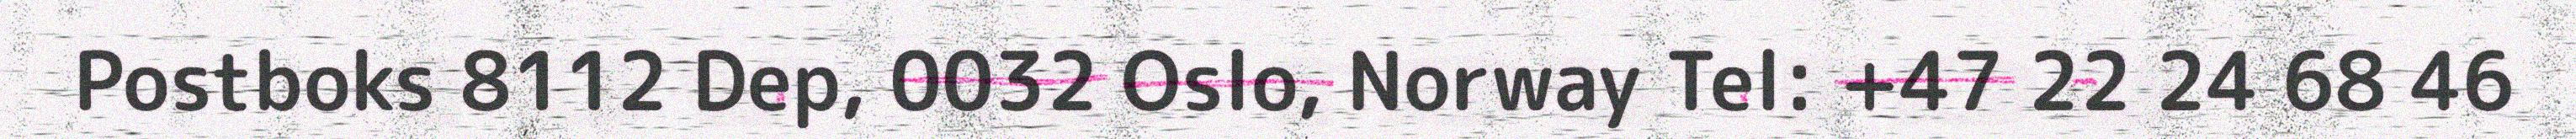
Postboks 8112 Dep, 0032 Oslo, Norway Tel: +47 22 24 68 46